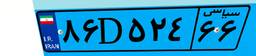
۴۳D۳۹۱۸۰